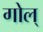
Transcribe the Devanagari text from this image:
गोल्